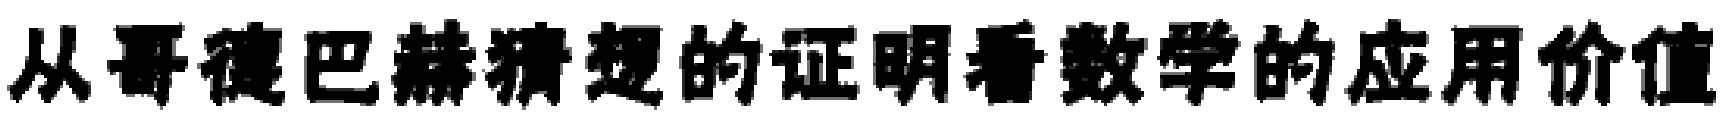
从哥德巴赫猜想的证明看数学的应用价值